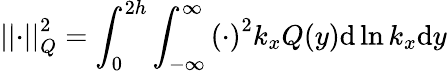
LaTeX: \left|\left|\cdot\right|\right|_{Q}^{2}=\int_{0}^{2h}\int_{-\infty}^{\infty}\left(\cdot\right)^{2}k_{x}Q(y)\mathrm{d}\ln k_{x}\mathrm{d}y